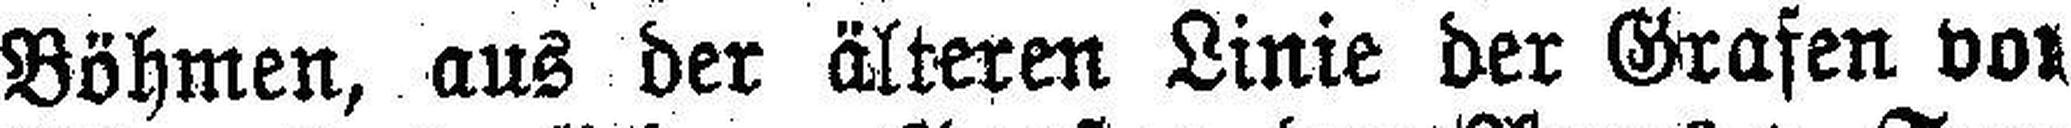
Böhmen, aus der älteren Linie der Grafen vor